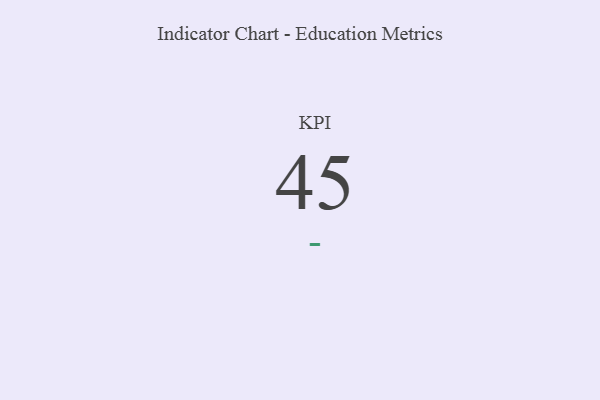
{"axis": {"x": "KPI", "y": "Value"}, "legend": [""], "data": [{"x": "KPI", "y": 45, "type": ""}]}